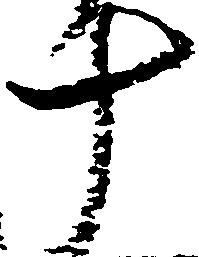
十